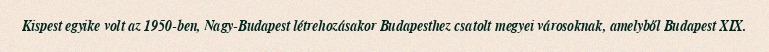
Kispest egyike volt az 1950-ben, Nagy-Budapest létrehozásakor Budapesthez csatolt megyei városoknak, amelyből Budapest XIX.